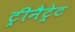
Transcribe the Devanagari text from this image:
ट्रीनैट्रेट